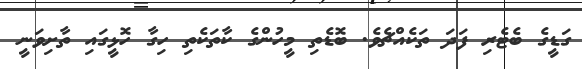
ގަޑީގެ ބެޓެރި ފަދަ ތަކެއްޗެވެ. ބޮޑެތި މީހުންގެ ކާތަކެތި ހިގާ ހޮޅީގައި ތާށިވަނީ